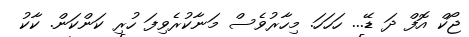
ޖޯކް އޮފް ދަ ޑޭ... ހަހަހަ. މިހާރުވެސް މަނާކުރެވިފަ ހުރި ކަންކަން. ކާކު